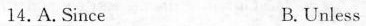
14,A,Since B, Unless